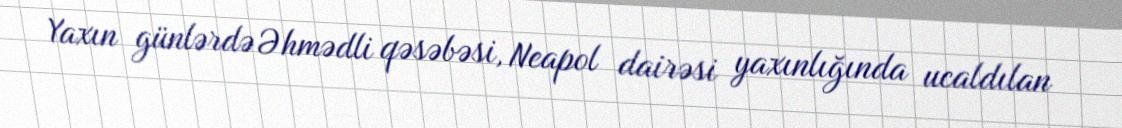
Yaxın günlərdə Əhmədli qəsəbəsi, Neapol dairəsi yaxınlığında ucaldılan